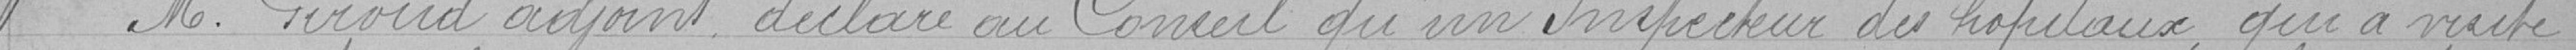
M. Picoud ayant déclaré au Conseil qu'un Inspecteur des hôpitaux, qui a visité